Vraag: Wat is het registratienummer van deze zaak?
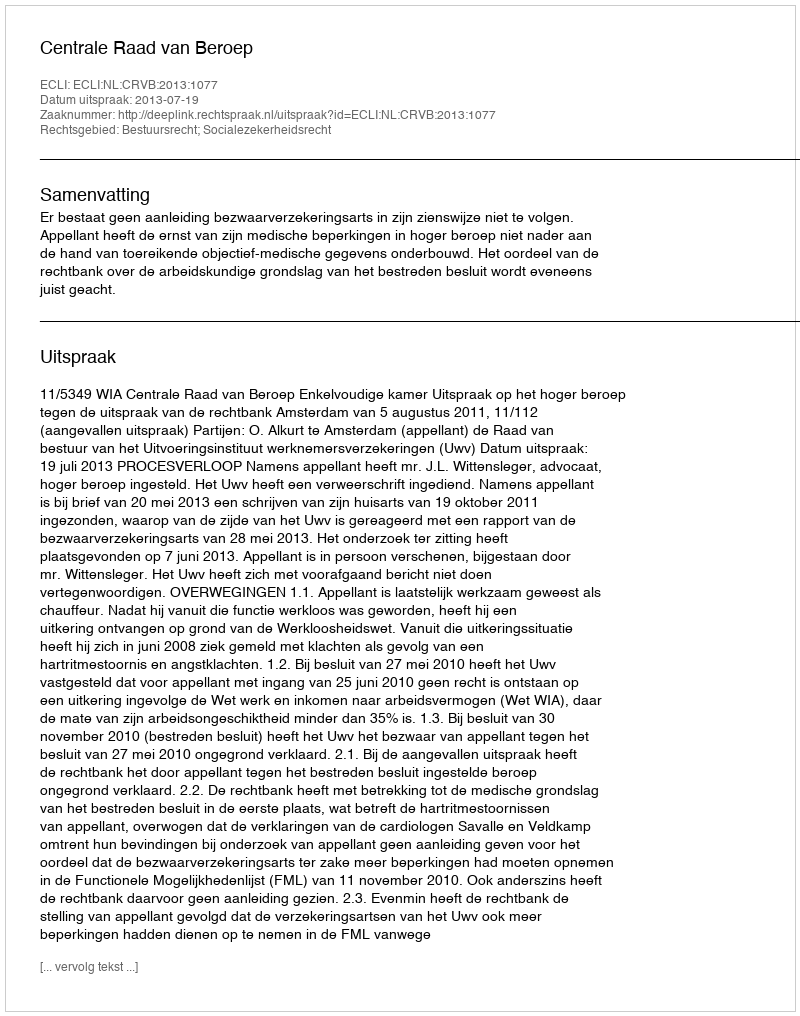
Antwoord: http://deeplink.rechtspraak.nl/uitspraak?id=ECLI:NL:CRVB:2013:1077